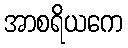
အာစရိယကေ